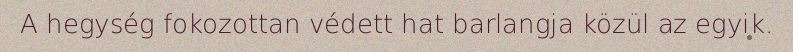
A hegység fokozottan védett hat barlangja közül az egyik.